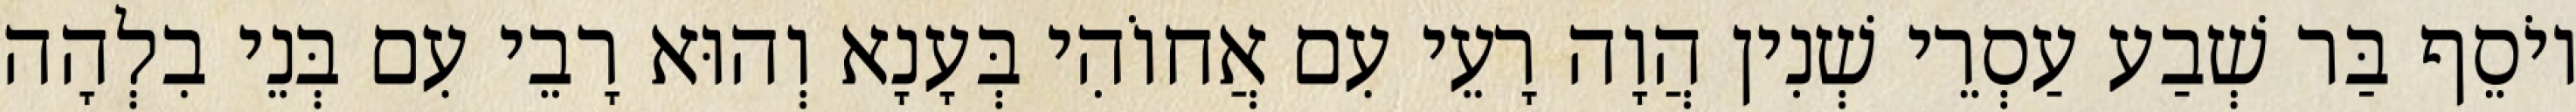
יוֹסֵף בַּר שְׁבַע עַסְרֵי שְׁנִין הֲוָה רָעֵי עִם אֲחוֹהִי בְּעָנָא וְהוּא רָבֵי עִם בְּנֵי בִלְהָה